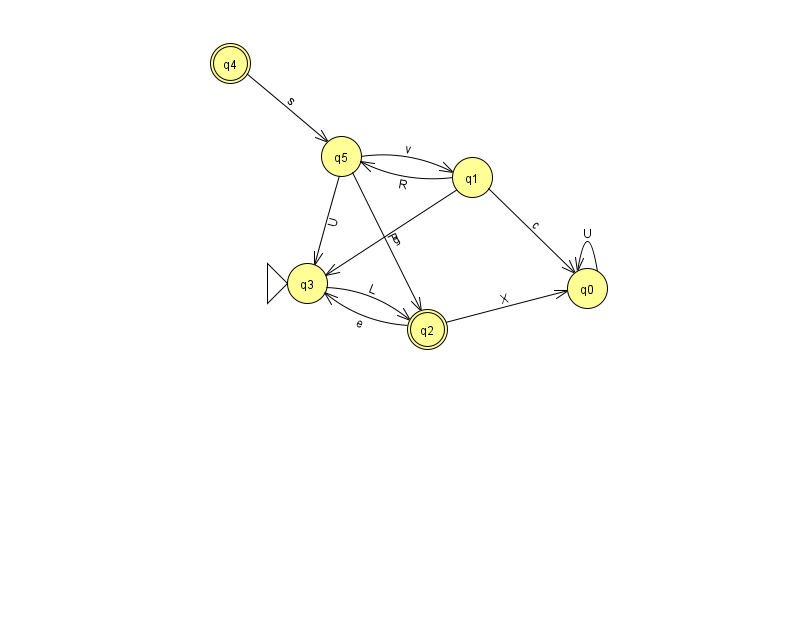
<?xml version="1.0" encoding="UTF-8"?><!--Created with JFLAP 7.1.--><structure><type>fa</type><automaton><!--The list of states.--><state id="0" name="q0"><x>587.0</x><y>275.0</y></state><state id="1" name="q1"><x>472.0</x><y>164.0</y></state><state id="2" name="q2"><x>427.0</x><y>316.0</y><final/></state><state id="3" name="q3"><x>307.0</x><y>270.0</y><initial/></state><state id="4" name="q4"><x>230.0</x><y>50.0</y><final/></state><state id="5" name="q5"><x>341.0</x><y>143.0</y></state><!--The list of transitions.--><transition><from>5</from><to>1</to><read>v</read></transition><transition><from>4</from><to>5</to><read>s</read></transition><transition><from>5</from><to>3</to><read>U</read></transition><transition><from>1</from><to>5</to><read>R</read></transition><transition><from>0</from><to>0</to><read>U</read></transition><transition><from>2</from><to>3</to><read>e</read></transition><transition><from>1</from><to>3</to><read>g</read></transition><transition><from>1</from><to>0</to><read>c</read></transition><transition><from>5</from><to>2</to><read>P</read></transition><transition><from>3</from><to>2</to><read>L</read></transition><transition><from>2</from><to>0</to><read>X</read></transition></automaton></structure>